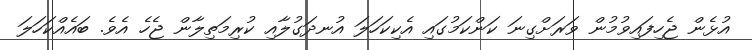
އުޅެން ޖެހިފައިވުމުން ވަރަށްގިނަ ކަންކަމުގައި އެކިކަހަލަ އުނދަގުލާއި ކުރިމަތިލާން ޖެހެ އެވެ. ބައެއްކަހަލަ